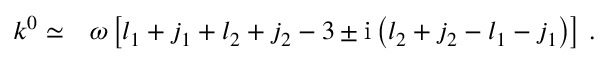
\begin{array} { r l } { k ^ { 0 } \simeq } & { { } \omega \left[ l _ { 1 } + j _ { 1 } + l _ { 2 } + j _ { 2 } - 3 \pm \mathrm { i } \left( l _ { 2 } + j _ { 2 } - l _ { 1 } - j _ { 1 } \right) \right] \, . } \end{array}